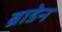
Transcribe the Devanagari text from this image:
ब्राडेन